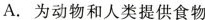
A. 为动物和人类提供食物